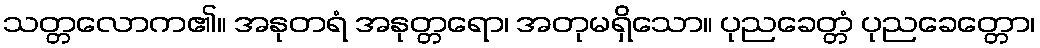
သတ္တလောက၏။ အနုတရံ အနုတ္တရော၊ အတုမရှိသော။ ပုညခေတ္တံ ပုညခေတ္တော၊